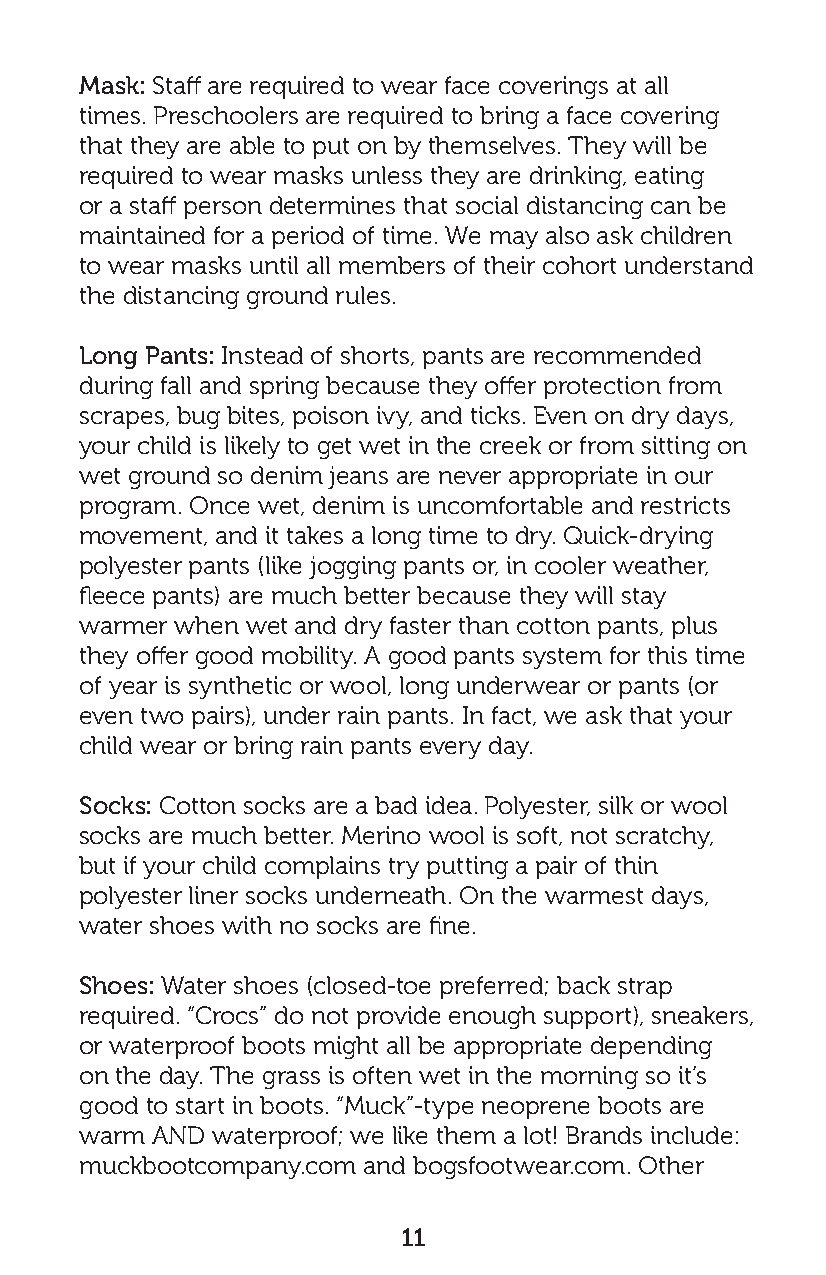
Mask: Staff are required to wear face coverings at all
 times. Preschoolers are required to bring a face covering
 that they are able to put on by themselves. They will be
 required to wear masks unless they are drinking, eating
 or a staff person determines that social distancing can be
 maintained for a period of time. We may also ask children
 to wear masks until all members of their cohort understand
 the distancing ground rules.
 Long Pants: Instead of shorts, pants are recommended
 during fall and spring because they offer protection from
 scrapes, bug bites, poison ivy, and ticks. Even on dry days,
 your child is likely to get wet in the creek or from sitting on
 wet ground so denim jeans are never appropriate in our
 program. Once wet, denim is uncomfortable and restricts
 movement, and it takes a long time to dry. Quick-drying
 polyester pants (like jogging pants or, in cooler weather,
 fleece pants) are much better because they will stay
 warmer when wet and dry faster than cotton pants, plus
 they offer good mobility. A good pants system for this time
 of year is synthetic or wool, long underwear or pants (or
 even two pairs), under rain pants. In fact, we ask that your
 child wear or bring rain pants every day.
 Socks: Cotton socks are a bad idea. Polyester, silk or wool
 socks are much better. Merino wool is soft, not scratchy,
 but if your child complains try putting a pair of thin
 polyester liner socks underneath. On the warmest days,
 water shoes with no socks are fine.
 Shoes: Water shoes (closed-toe preferred; back strap
 required. “Crocs” do not provide enough support), sneakers,
 or waterproof boots might all be appropriate depending
 on the day. The grass is often wet in the morning so it’s
 good to start in boots. “Muck”-type neoprene boots are
 warm AND waterproof; we like them a lot! Brands include:
 muckbootcompany.com and bogsfootwear.com. Other
 11